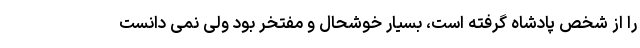
را از شخص پادشاه گرفته است، بسیار خوشحال و مفتخر بود ولی نمی دانست